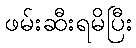
ဖမ်းဆီးရမိပြီး